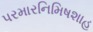
પરમારનિમિષશાહ